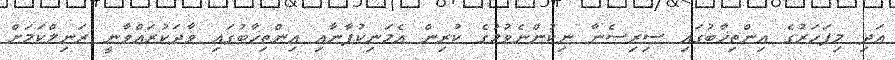
އަދި މިފަހަރުގެ އިންތިޚާބުގައި ސިރިސެނާ ނިކުންނެވުމުގެ ކުރިން އެމަނިކުފާނާއި އިންތިޚާބުގައި ވާދަކުރައްވާނީ ރަނިލްކަމަށް